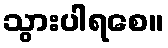
သွားပါရစေ။